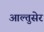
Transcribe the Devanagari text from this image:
आल्तुसेर